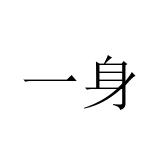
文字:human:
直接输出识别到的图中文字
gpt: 一身